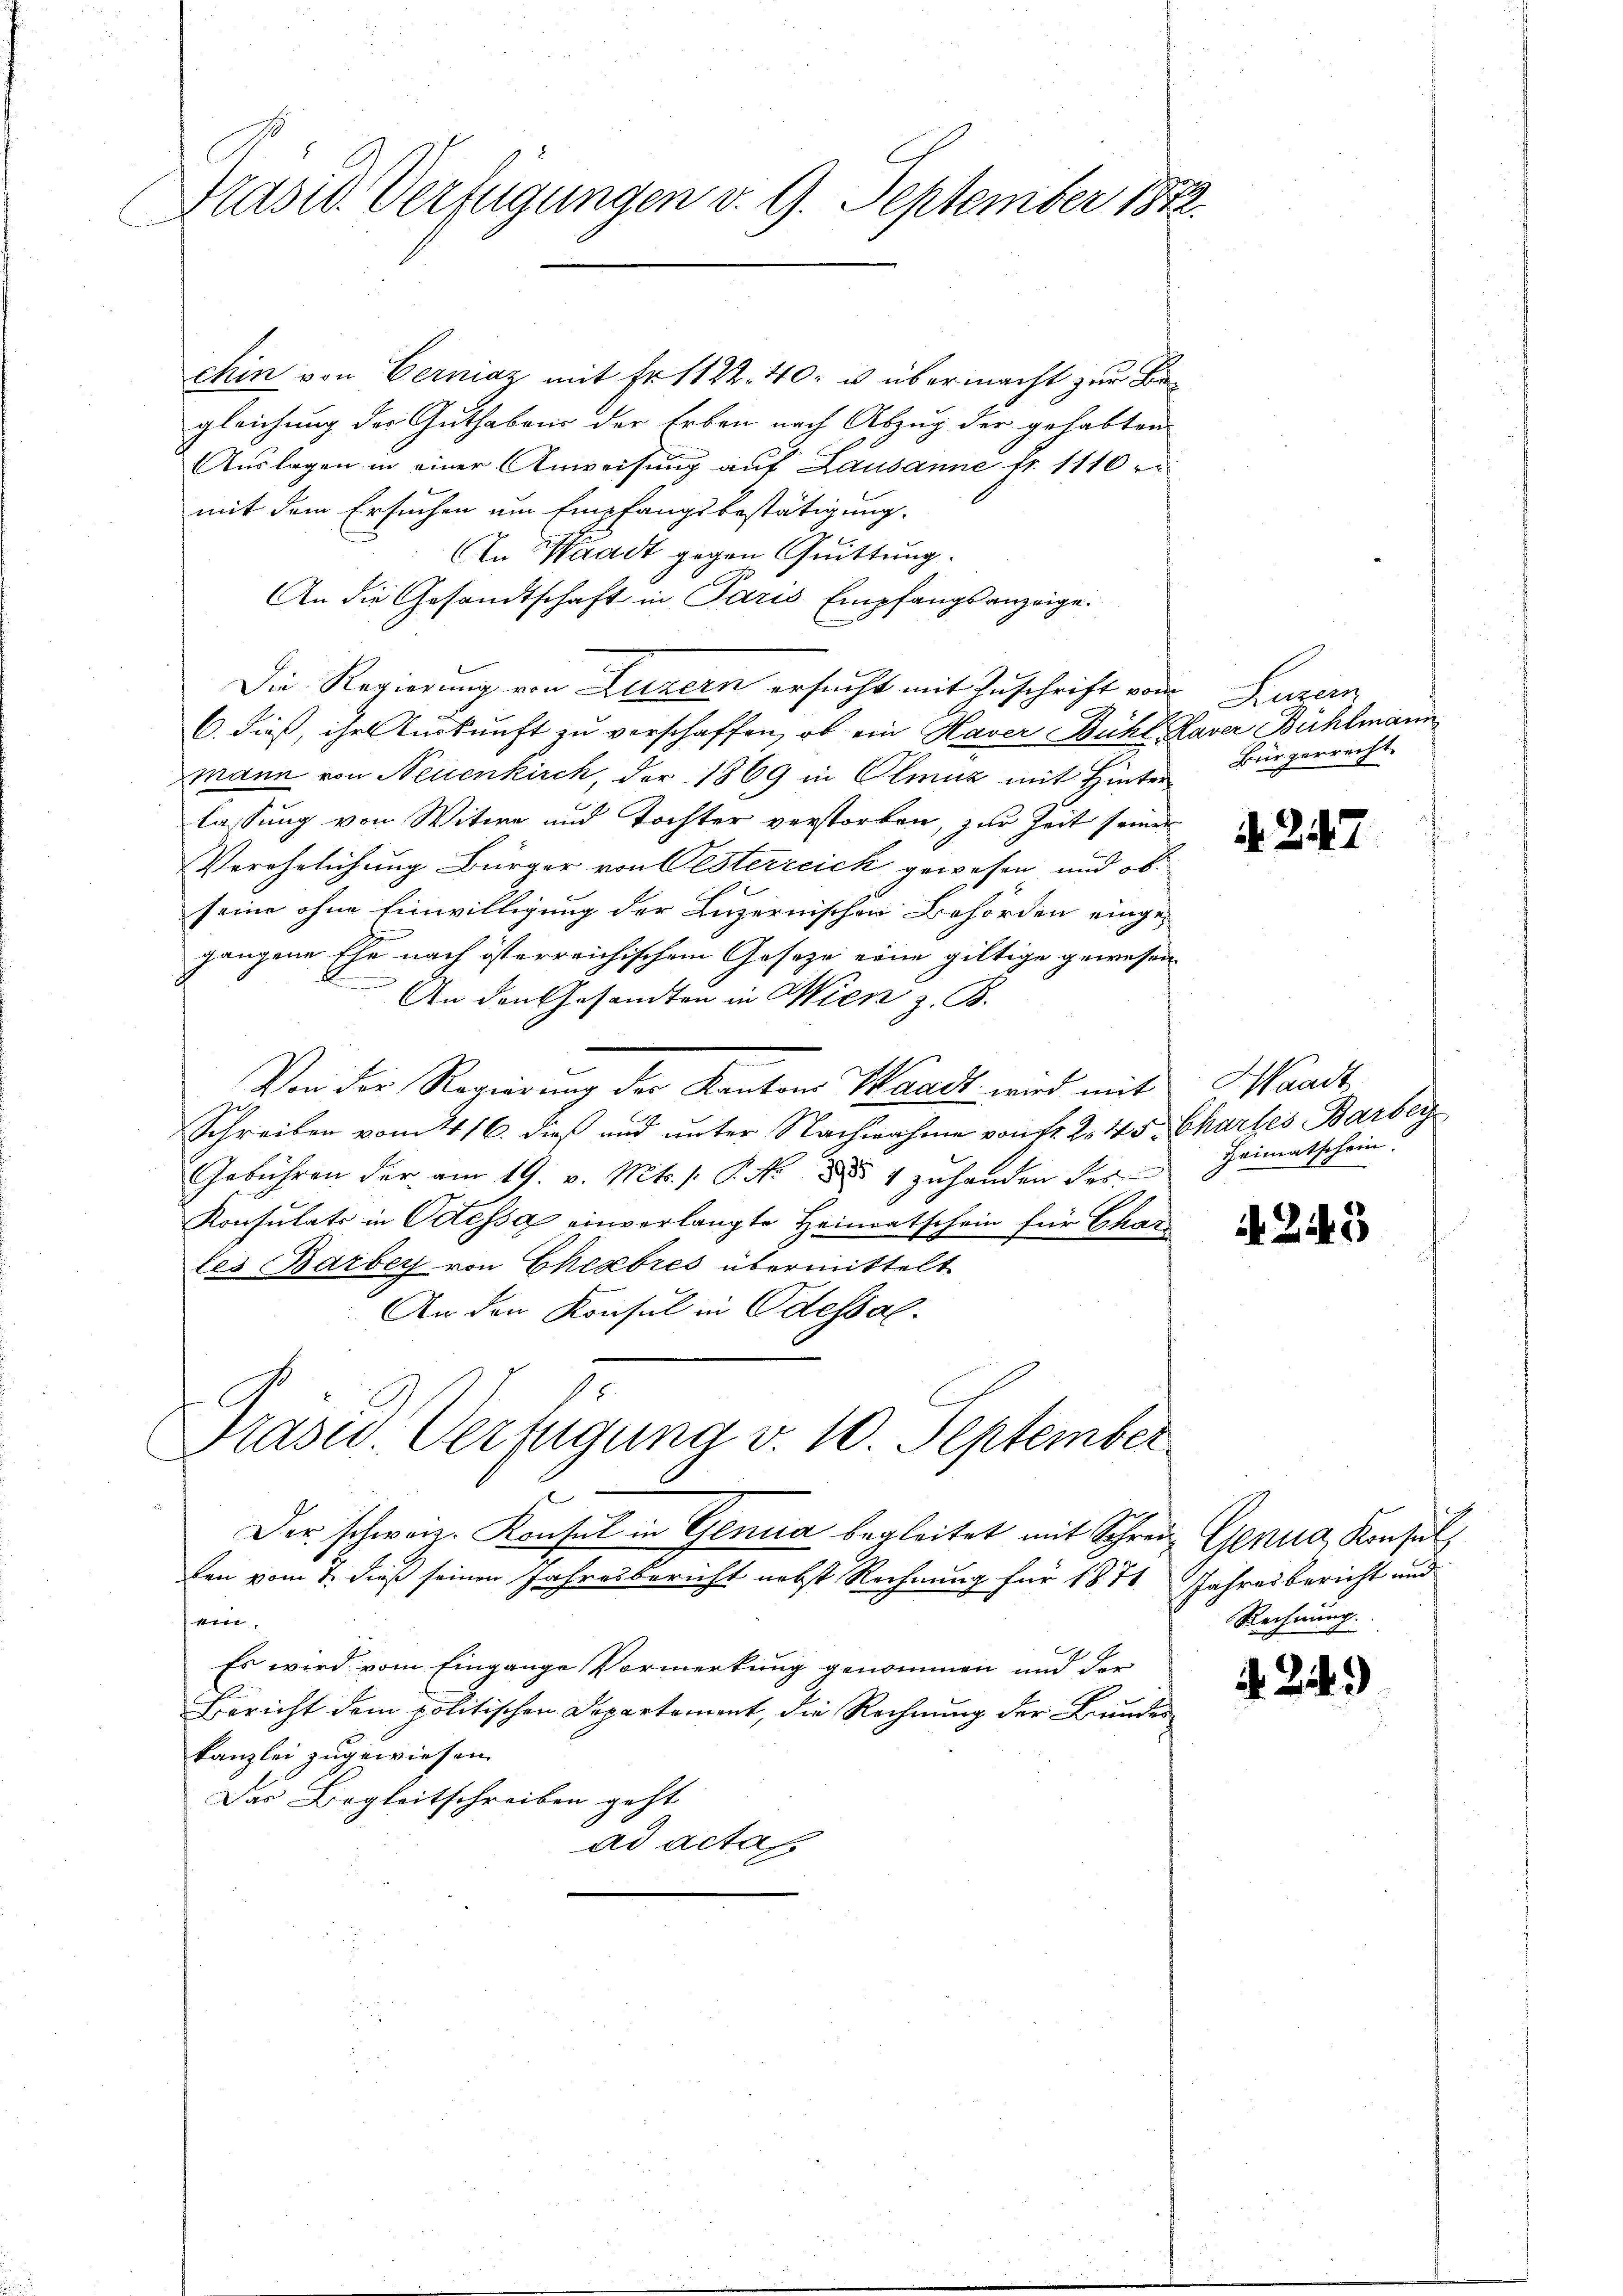
Präsid Verfügungen v. 9. September 1822.

chin von Gerniaz mit Fr. 1122. 40. u übermacht zur Begleichung der Guthabens der Erben nach Abzug der gehabten
Auslagen in einer Anweisung auf Lausanne fr. 1110
mit dem Ersuchen um Empfangsbestätigung.
In Waadt gegen Quittung.
An die Gesandtschaft in Paris Empfangsanzeige.
b
Die Regierung von Luzern ersucht mit Zuschrift vom
6. dieß, ihre Auskunft zu verschaffen, ob ein Haver Bichl Haver Bühlmann
mann von Neuenkirch, der 1869 in Olmuz mit Hinter
lassung von Witwe und Tochter verstorben, zur Zeit seiner
Verehelichung Bürger von Oesterreich gewesen und ob
seine ohne Einwilligung der Luzernischen Behörden eingegangene Ehe nach österreichischem Geseze eine giltige gewesen
An den Gesandten in Wien z. B.
Von der Regierung des Kantons Waadt wird mit
E
Schreiben vom 1416. dieß und unter Nachnahme von Fr. 245. Chartes Barbey
Gebühren der am 19. v. Mts. /: P. N. 854 zuhanden des
Konsulats in Ortessa einverlangte Heimatschein für Cha
tes Barbey von Chesebres übermittelt
An den Konsul in Odessal.
8
Praser-Verfügung v. 10. September
2
Der schweiz. Konsul in Genia begleitet mit Schrei Genua, Konsul
Den vom 7. dieß seinen Jahresbericht nebst Rechnung für 1871
ei
Es wird vom Eingange Vormerkung genommen und der
Bericht dem politischen Departement, die Rechnung der Bundes
kanzlei zugewiesen.
Das Begleitschreiben geht
ad acta

Luzern
Bürgerrecht

A. 247

Waadt
Heimatschein.

A. 245

Jahresbericht und
Rechnung.

. Zt.